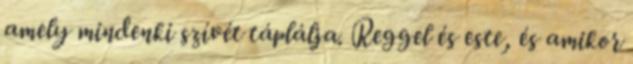
amely mindenki szívét táplálja. Reggel és este, és amikor